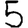
Digit: 5